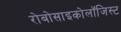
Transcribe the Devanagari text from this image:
रोबोसाइकोलॉजिस्ट